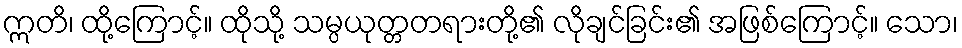
ဣတိ၊ ထို့ကြောင့်။ ထိုသို့ သမ္ပယုတ္တတရားတို့၏ လိုချင်ခြင်း၏ အဖြစ်ကြောင့်။ သော၊